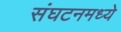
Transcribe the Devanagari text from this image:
संघटनमध्ये